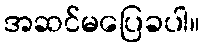
အဆင်မပြေခပါ။